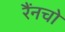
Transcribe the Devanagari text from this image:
रैंनचो